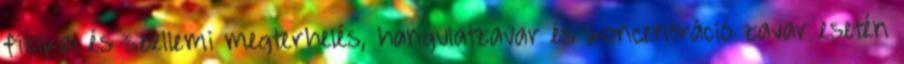
fizikai és szellemi megterhelés, hangulatzavar és koncentráció zavar esetén